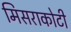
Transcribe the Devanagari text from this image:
मिसराकोटी